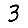
Digit: 3